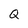
Character: Q